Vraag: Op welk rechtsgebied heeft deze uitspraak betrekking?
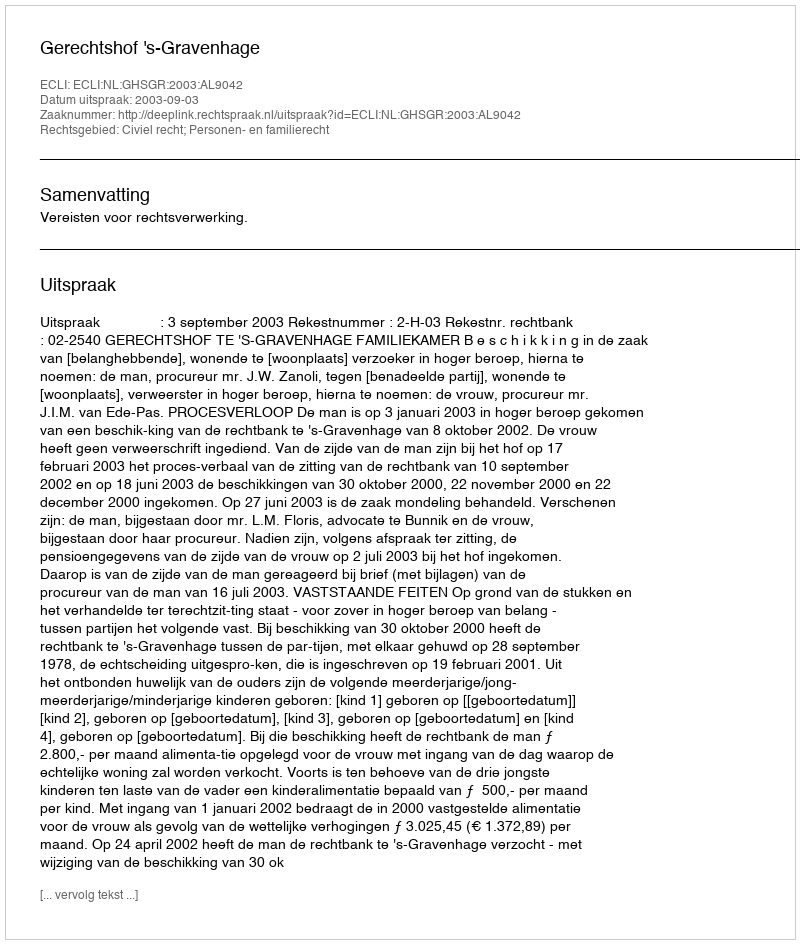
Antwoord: Civiel recht; Personen- en familierecht